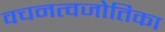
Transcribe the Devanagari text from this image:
वचनत्वजोतिका